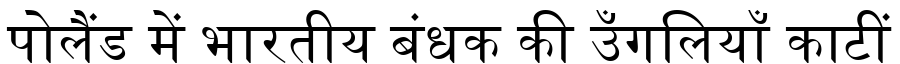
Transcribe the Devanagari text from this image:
पोलैंड में भारतीय बंधक की उँगलियाँ काटीं